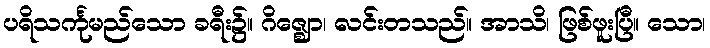
ပရိသင်္ကုမည်သော ခရီး၌။ ဂိဇ္ဈော၊ လင်းတသည်။ အာသိ၊ ဖြစ်ဖူးပြီ။ သော၊